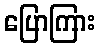
ပြောကြား